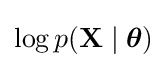
\log p(\mathbf {X} \mid {\boldsymbol {\theta }})